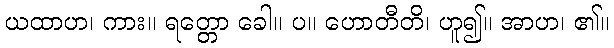
ယထာဟ၊ ကား။ ရတ္တော ခေါ။ ပ။ ဟောတီတိ၊ ဟူ၍။ အာဟ၊ ၏။